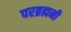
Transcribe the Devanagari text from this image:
परब्रह्मनी